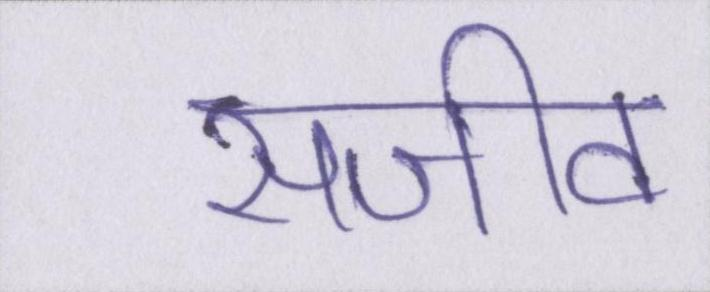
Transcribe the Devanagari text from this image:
सजीव